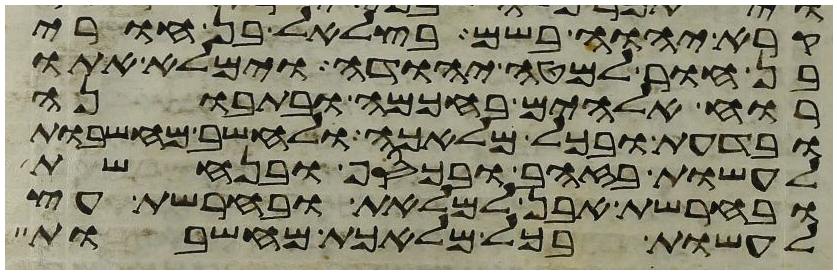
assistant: קרא יהוה בשם בצלאל בן אורי
בן חור למטה יהודה וימלא אתו
רוח אלהים בחכמה ובתבונה
ובדעת ובכל מלאכה ולחשב מחשבות
לעשות בזהב ובכסף ובנחשת
ובחרשת אבן למלאת ובחרשת עץ
לעשות בכל מלאכת מחשבות